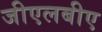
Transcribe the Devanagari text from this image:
जीएलबीए